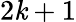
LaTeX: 2\mathit{k}+1